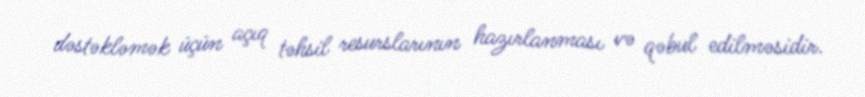
dəstəkləmək üçün açıq təhsil resurslarının hazırlanması və qəbul edilməsidir.